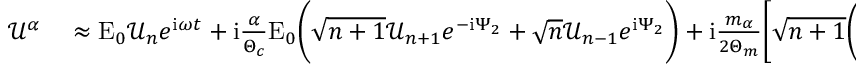
\begin{array} { r l } { \mathcal { U } ^ { \alpha } } & { { } \approx \mathrm { E } _ { 0 } \mathcal { U } _ { n } e ^ { \mathrm { i } \omega t } + \mathrm { i } \frac { \alpha } { \Theta _ { c } } \mathrm { E } _ { 0 } \bigg ( \sqrt { n + 1 } \mathcal { U } _ { n + 1 } e ^ { - \mathrm { i } \Psi _ { 2 } } + \sqrt { n } \mathcal { U } _ { n - 1 } e ^ { \mathrm { i } \Psi _ { 2 } } \bigg ) + \mathrm { i } \frac { m _ { \alpha } } { 2 \Theta _ { m } } \bigg [ \sqrt { n + 1 } \Bigg ( \mathcal { U } _ { n + 1 } + \mathrm { i } \frac { \alpha } { \Theta _ { c } } \Big ( \sqrt { n + 2 } \mathcal { U } _ { n + 2 } e ^ { - \mathrm { i } \Psi _ { 2 } } + \sqrt { n + 1 } \mathcal { U } _ { n } e ^ { \mathrm { i } \Psi _ { 2 } } \Big ) \Bigg ) } \end{array}